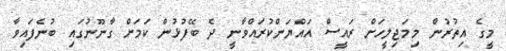
މީގެ އިތުރުން މިމަޖިލީހަށް ރައީސް އައްޔަންކުރައްވާނީ ދެ ބޭފުޅުން ކަމަށް ގާނޫނުގައި ބުނެފައިވާ